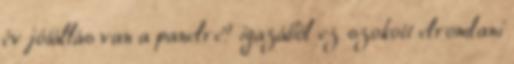
év jótállás van a panelre? igazából ez szokott elromlani